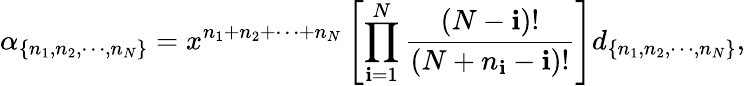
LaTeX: \alpha_{\{ n_{1},n_{2},\cdots,n_{N}\} }=x^{n_{1}+n_{2}+\cdots+n_{N}}\left[\prod_{\mathbf{i}=1}^{N}\frac{{(N-\mathbf{i})!}}{{(N+n_{\mathbf{i}}-\mathbf{i})!}}\right]d_{\{ n_{1},n_{2},\cdots,n_{N}\} },